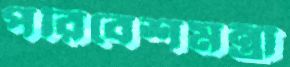
পরিবেশমন্ত্রী